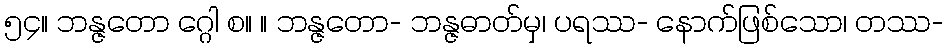
၅၄။ ဘန္ဇတော ဂ္ဂေါ စ။ ။ ဘန္ဇတော- ဘန္ဇဓာတ်မှ၊ ပရဿ- နောက်ဖြစ်သော၊ တဿ-